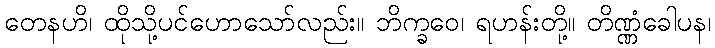
တေနဟိ၊ ထိုသို့ပင်ဟောသော်လည်း။ ဘိက္ခဝေ၊ ရဟန်းတို့။ တိဏ္ဏံခေါပန၊